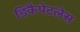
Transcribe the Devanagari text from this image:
डिकैपेटलेस